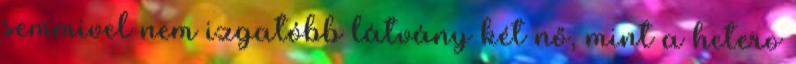
semmivel nem izgatóbb látvány két nő, mint a hetero